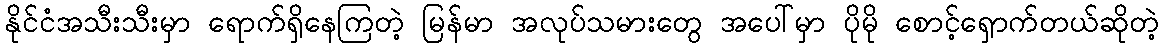
နိုင်ငံအသီးသီးမှာ ရောက်ရှိနေကြတဲ့ မြန်မာ အလုပ်သမားတွေ အပေါ်မှာ ပိုမို စောင့်ရှောက်တယ်ဆိုတဲ့